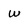
Character: w